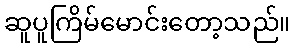
ဆူပူကြိမ်မောင်းတော့သည်။